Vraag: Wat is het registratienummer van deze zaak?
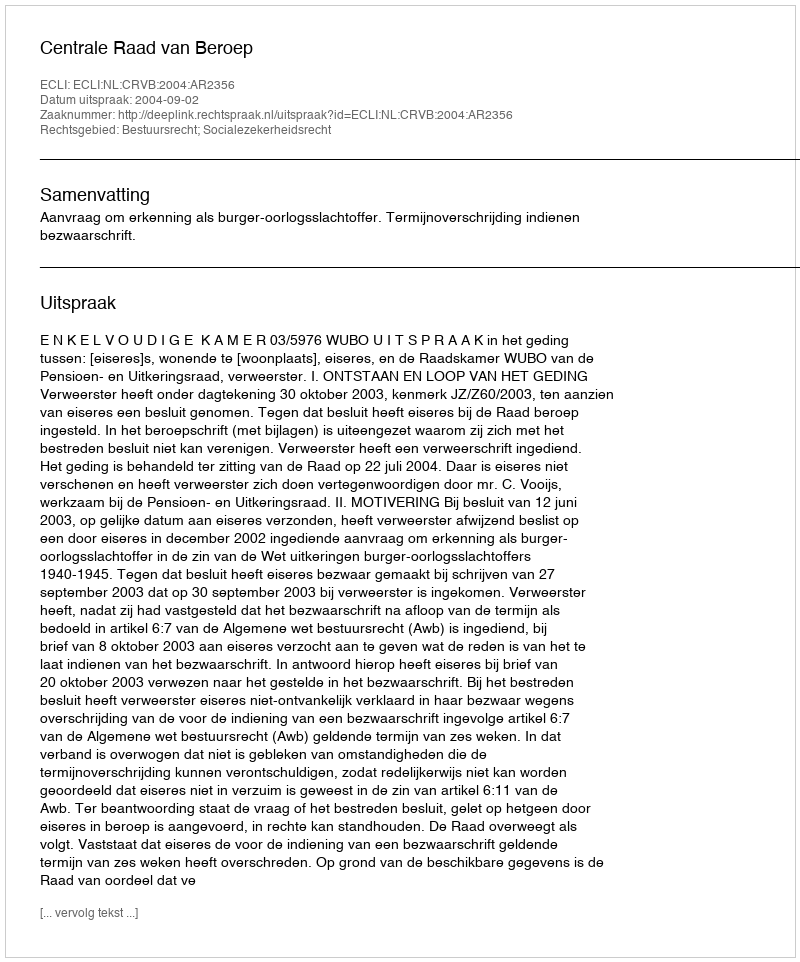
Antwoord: http://deeplink.rechtspraak.nl/uitspraak?id=ECLI:NL:CRVB:2004:AR2356